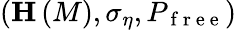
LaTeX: \left(\mathbf{H}\left(M\right),\sigma_{\eta},P_{\mathrm{~f~r~e~e~}}\right)